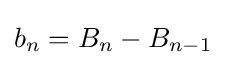
b_{n}=B_{n}-B_{n-1}